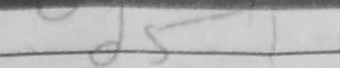
Transcription: d5